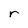
Character: r